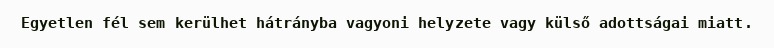
Egyetlen fél sem kerülhet hátrányba vagyoni helyzete vagy külső adottságai miatt.